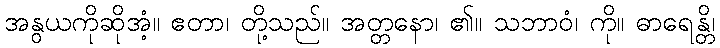
အနွယကိုဆိုအံ့။ ဧတာ၊ တို့သည်။ အတ္တနော၊ ၏။ သဘာဝံ၊ ကို။ ဓာရေန္တိ၊